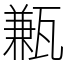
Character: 甉